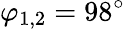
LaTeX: \varphi_{1,2}=98^{\circ}